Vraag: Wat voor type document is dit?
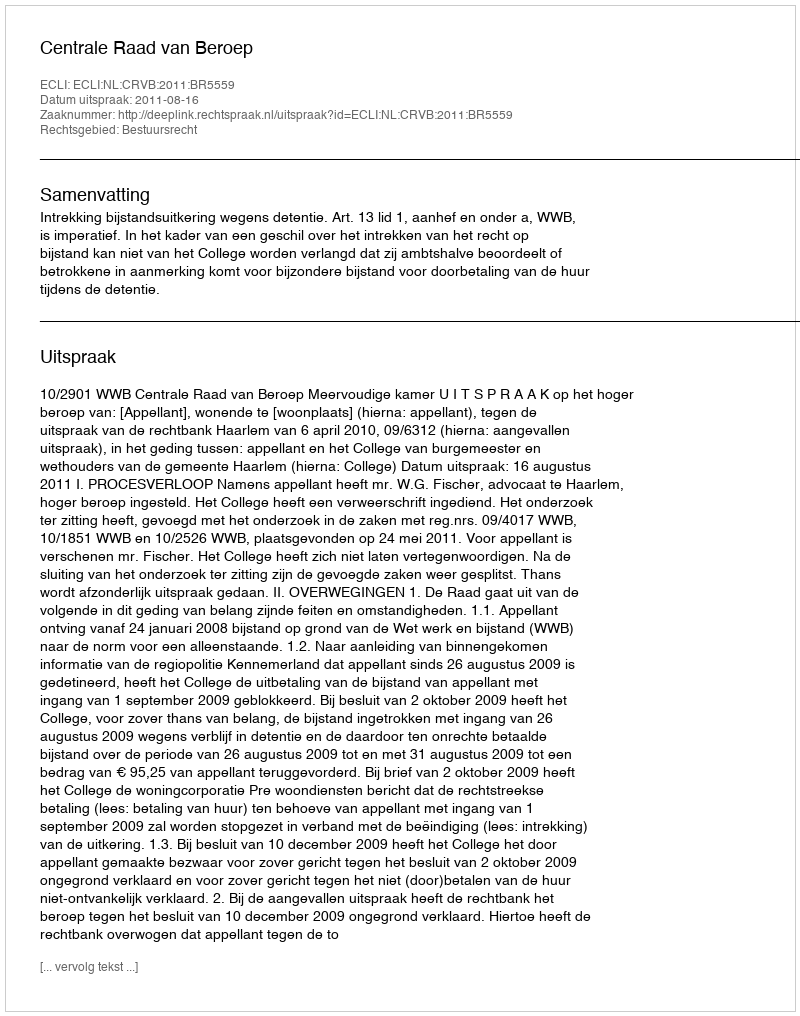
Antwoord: Uitspraak